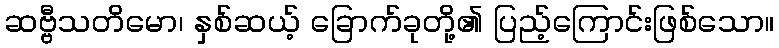
ဆဗ္ဗီသတိမော၊ နှစ်ဆယ့် ခြောက်ခုတို့၏ ပြည့်ကြောင်းဖြစ်သော။